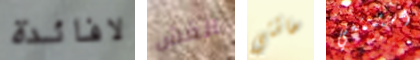
لافائدة الغش مائتي استمتعي